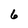
Character: 6